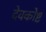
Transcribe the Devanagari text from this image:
देवकोष्ट